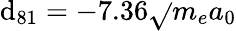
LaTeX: \mathrm{d}_{81}=-7.36\sqrt{}{{m_{e}}}a_{0}